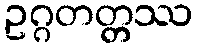
ဥဂ္ဂတတ္တဿ